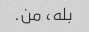
بله، من.